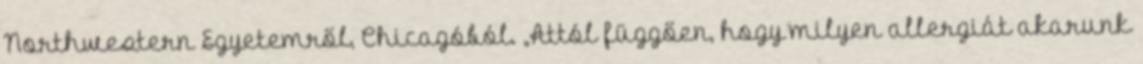
Northwestern Egyetemről, Chicagóból. „Attól függően, hogy milyen allergiát akarunk